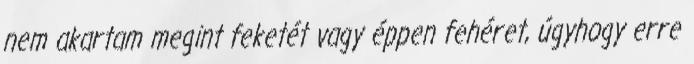
nem akartam megint feketét vagy éppen fehéret, úgyhogy erre